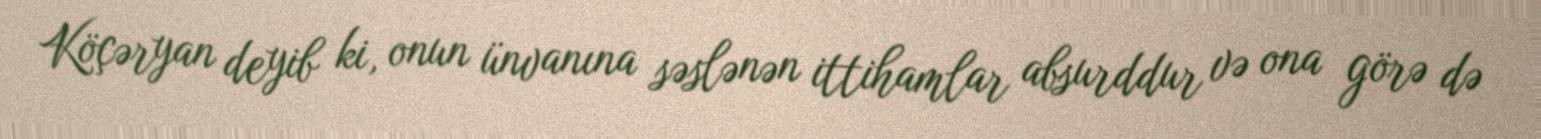
Köçəryan deyib ki, onun ünvanına səslənən ittihamlar absurddur və ona görə də